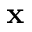
\textbf { x }